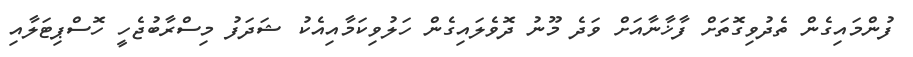
ފުންމައިގެން ތެދުވިގޮތަށް ފާޚާނާއަށް ވަދެ މޫނު ދޮވެލައިގެން ހަލުވިކަމާއިއެކު ޝަދަފު މިސްރާބުޖެހީ ހޮސްޕިޓަލާއި